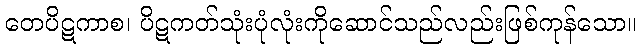
တေပိဋကာစ၊ ပိဋကတ်သုံးပုံလုံးကိုဆောင်သည်လည်းဖြစ်ကုန်သော။